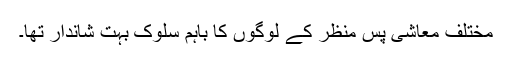
مختلف معاشی پس منظر کے لوگوں کا باہم سلوک بہت شاندار تھا۔